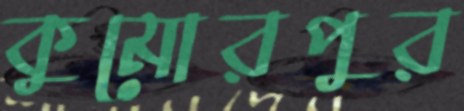
কুমোরপুর